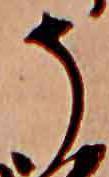
そ